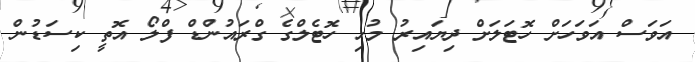
އަވަސް އަވަހަށް ހޮޓަލަށް ދިޔައިރު މުޅި ހޮޓެލްގެ ގްރައުންޑް ފްލޯ އޮތީ ކިސަޑުން